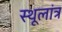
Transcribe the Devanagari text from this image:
स्‍थूलांत्र